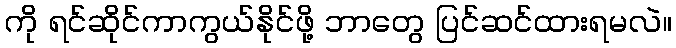
ကို ရင်ဆိုင်ကာကွယ်နိုင်ဖို့ ဘာတွေ ပြင်ဆင်ထားရမလဲ။